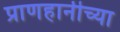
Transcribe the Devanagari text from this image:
प्राणहानीच्या